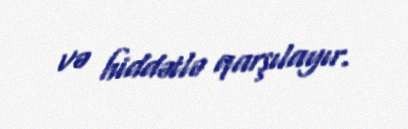
və hiddətlə qarşılayır.